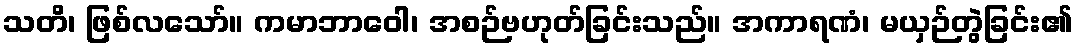
သတိ၊ ဖြစ်လသော်။ ကမာဘာဝေါ၊ အစဉ်ဗဟုတ်ခြင်းသည်။ အကာရဏံ၊ မယှဉ်တွဲခြင်း၏